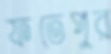
ফতেপুর